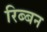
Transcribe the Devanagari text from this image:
रिब्बन